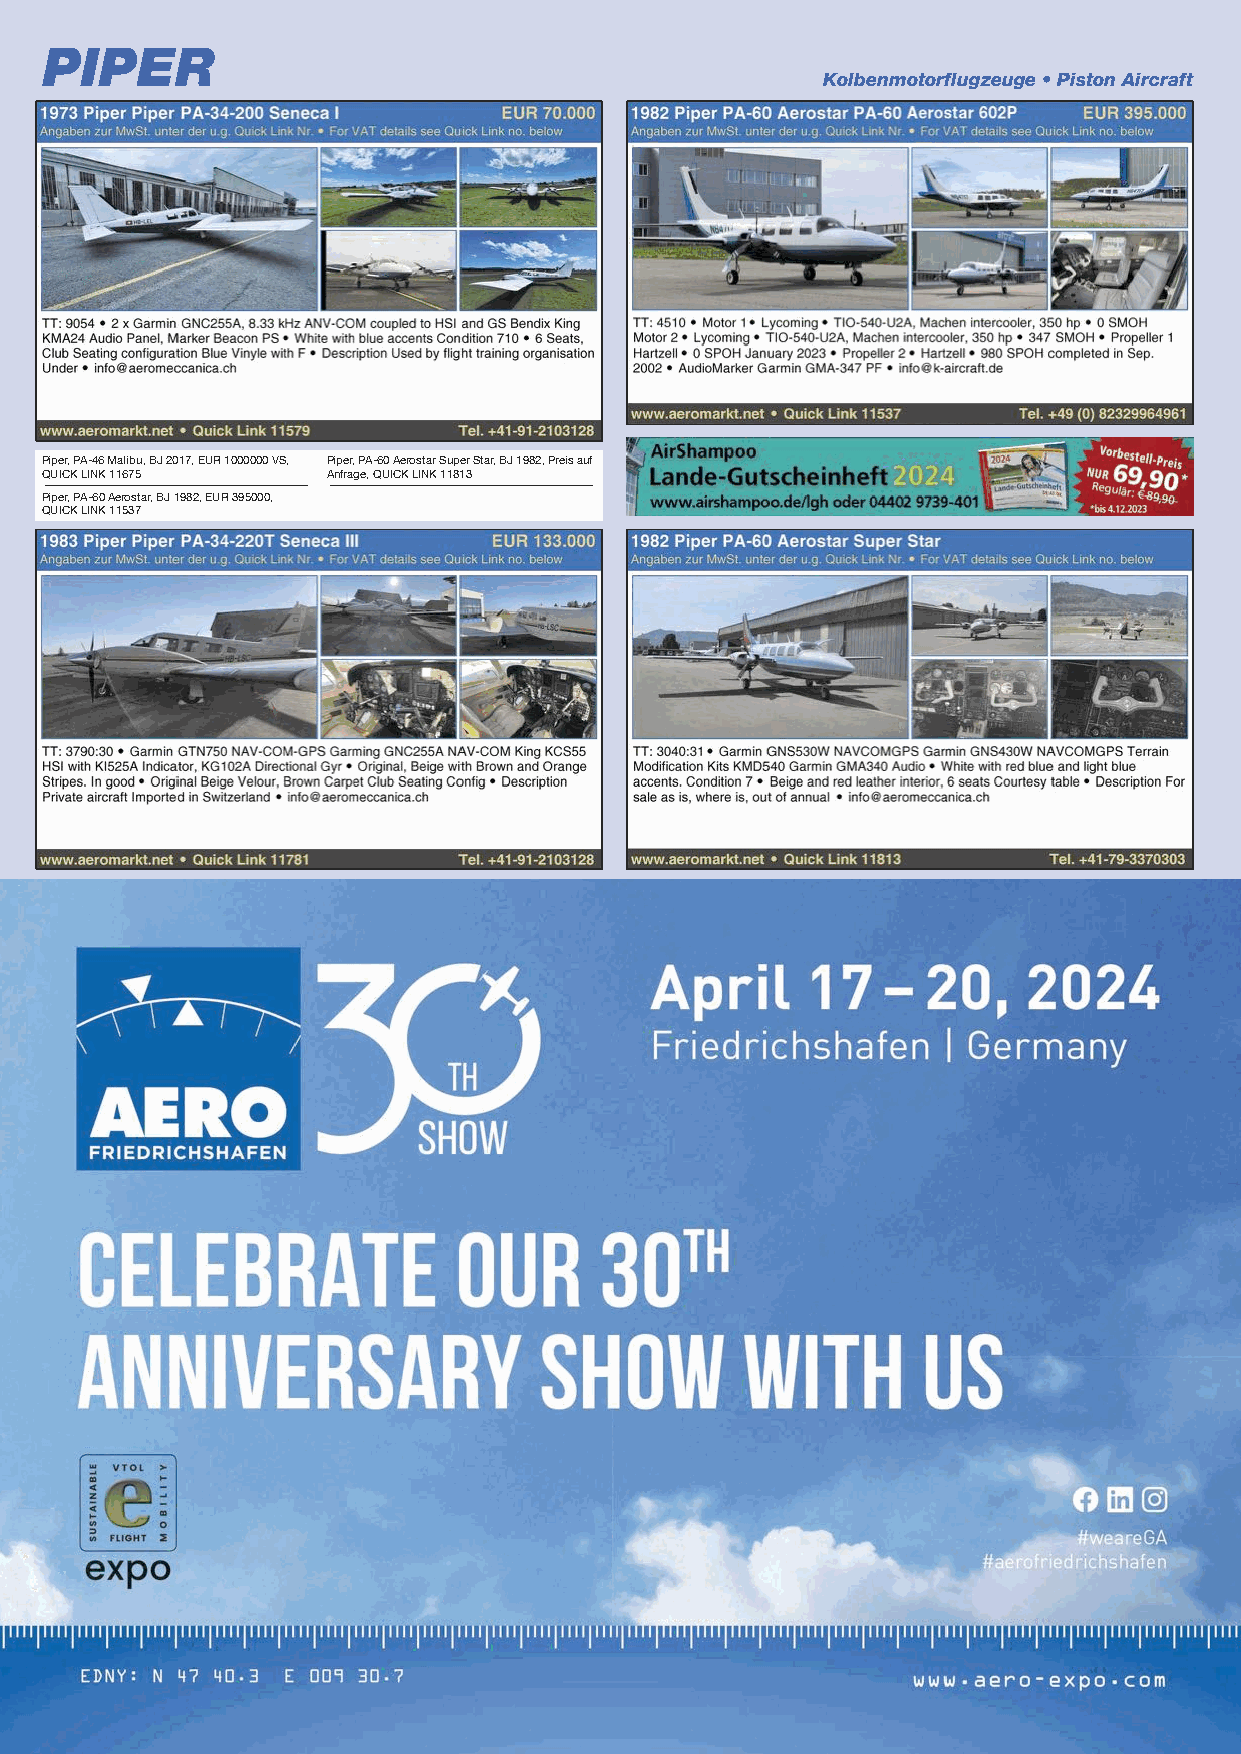
PIPER
 Kolbenmotorflugzeuge • Piston Aircraft
 Piper, PA-46 Malibu, BJ 2017, EUR 1000000 VS, Piper, PA-60 Aerostar Super Star, BJ 1982, Preis auf
 QUICK LINK 11675   Anfrage, QUICK LINK 11813
 Piper, PA-60 Aerostar, BJ 1982, EUR 395000,
 QUICK LINK 11537